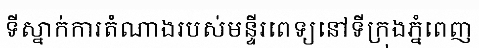
ទីស្នាក់ការតំណាងរបស់មន្ទីរពេទ្យនៅទីក្រុងភ្នំពេញ